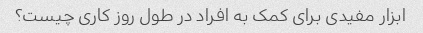
ابزار مفیدی برای کمک به افراد در طول روز کاری چیست؟